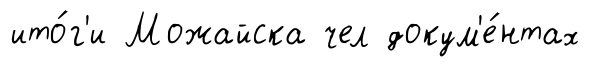
ито́г'и Можайска чел докум'е́нтах